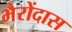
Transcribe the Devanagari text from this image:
भैरोंदास